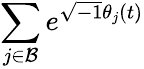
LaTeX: \sum_{j\in\mathcal{B}}e^{\sqrt{-1}\theta_{j}(t)}